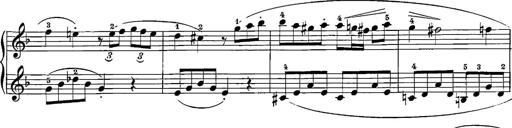
Title: 12 Sonatinas
Composer: Ignaz Pleyel